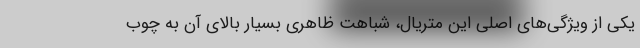
یکی از ویژگی‌های اصلی این متریال، شباهت ظاهری بسیار بالای آن به چوب